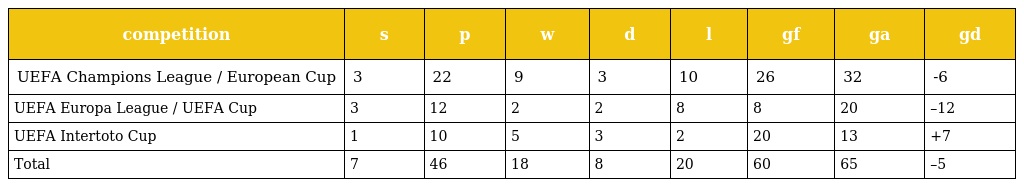
| competition | s | p | w | d | l | gf | ga | gd |
 | --- | --- | --- | --- | --- | --- | --- | --- | --- |
 | UEFA Champions League / European Cup | 3 | 22 | 9 | 3 | 10 | 26 | 32 | -6 |
 | UEFA Europa League / UEFA Cup | 3 | 12 | 2 | 2 | 8 | 8 | 20 | –12 |
 | UEFA Intertoto Cup | 1 | 10 | 5 | 3 | 2 | 20 | 13 | +7 |
 | Total | 7 | 46 | 18 | 8 | 20 | 60 | 65 | –5 |